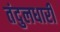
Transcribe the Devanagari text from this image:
तंदुलधारी